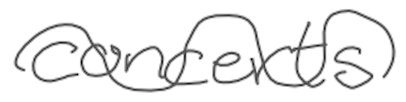
Text: concerts
Cross-out: wave
Writing tool: digital_gray